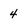
Character: 4